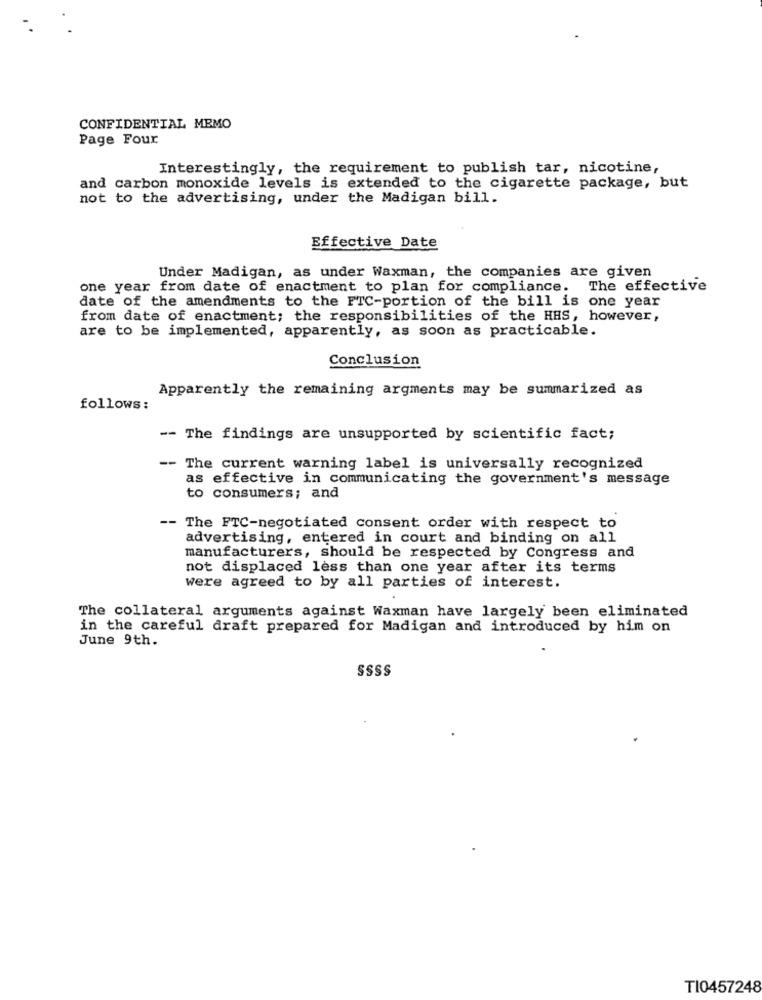
CONFIDENTIAL MEMO
Page Four
Interestingly, the requirement to publish tar, nicotine,
and carbon monoxide levels is extended to the cigarette package, but
not to the advertising, under the Madigan bill.
Effective Date
Under Madigan, as under Waxman, the companies are given
one year from date of enactment to plan for compliance. The effective
date of the amendments to the FTC-portion of the bill is one year
from date of enactment; the responsibilities of the HHS, however,
are to be implemented, apparently, as soon as practicable.
Conclusion
Apparently the remaining argments may be summarized as
follows:
-- The findings are unsupported by scientific fact;
-- The current warning label is universally recognized
as effective in communicating the government's message
to consumers; and
-- The FTC-negotiated consent order with respect to
advertising, entered in court and binding on all
manufacturers, should be respected by Congress and
not displaced less than one year after its terms
were agreed to by all parties of interest.
The collateral arguments against Waxman have largely been eliminated
in the careful draft prepared for Madigan and introduced by him on
June 9th.
SSSS
TI0457248